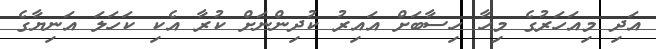
އަދި މިއަހަރުގެ މިހާ ހިސާބަށް އައިރު ކުދިންނަށް ކުރާ އެކި ކަހަލަ އަނިޔާގެ